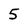
Character: 5